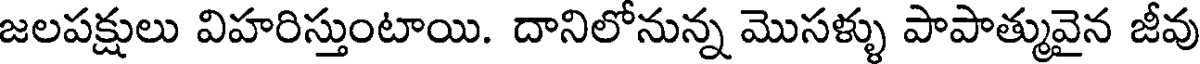
జలపక్షులు విహరిస్తుంటాయి. దానిలోనున్న మొసళ్ళు పాపాత్మువైన జీవు